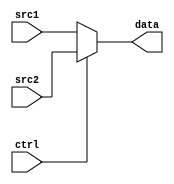
module GPRMUX(
    // Outputs
    output [31:0] data,
    // Inputs
    input [31:0] src1,
    input [31:0] src2,
    input ctrl
);

    assign data = ctrl ? src2 : src1;

endmodule